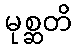
မုစ္ဆတိ